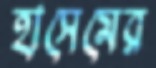
হাসেমের